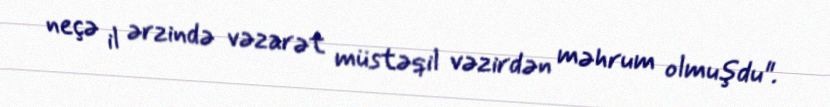
neçə il ərzində vəzarət müstəqil vəzirdən məhrum olmuşdu".